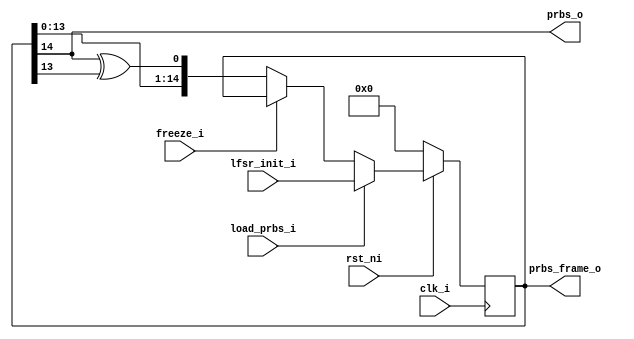
// This program was cloned from: https://github.com/pyamnihc/tt06_um_ks_pyamnihc
// License: Apache License 2.0

module prbs15 (
    input clk_i,
    input rst_ni,
    input [14:0] lfsr_init_i,
    input load_prbs_i,
    input freeze_i,
    output prbs_o,
    output [14:0] prbs_frame_o
);
// referenced from, https://en.wikipedia.org/wiki/Pseudorandom_binary_sequence
//                  PRBS15 = x^15 + x^14 + 1

    reg [14:0] lfsr_reg;
    always @(posedge clk_i) begin
        if (!rst_ni) begin
            lfsr_reg <= 'b0;
        end else if (load_prbs_i == 1) begin
            lfsr_reg <= lfsr_init_i;
        end else if (freeze_i == 1) begin
            lfsr_reg <= lfsr_reg;
        end else begin
            lfsr_reg <= {lfsr_reg[13:0], lfsr_reg[14] ^ lfsr_reg[13]};
        end
    end
    
    assign prbs_o = lfsr_reg[14];
    assign prbs_frame_o = lfsr_reg;

endmodule